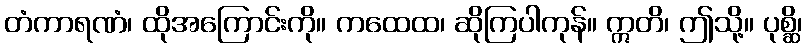
တံကာရဏံ၊ ထိုအကြောင်းကို။ ကထေထ၊ ဆိုကြပါကုန်။ ဣတိ၊ ဤသို့။ ပုစ္ဆိ၊